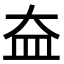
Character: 𡘃